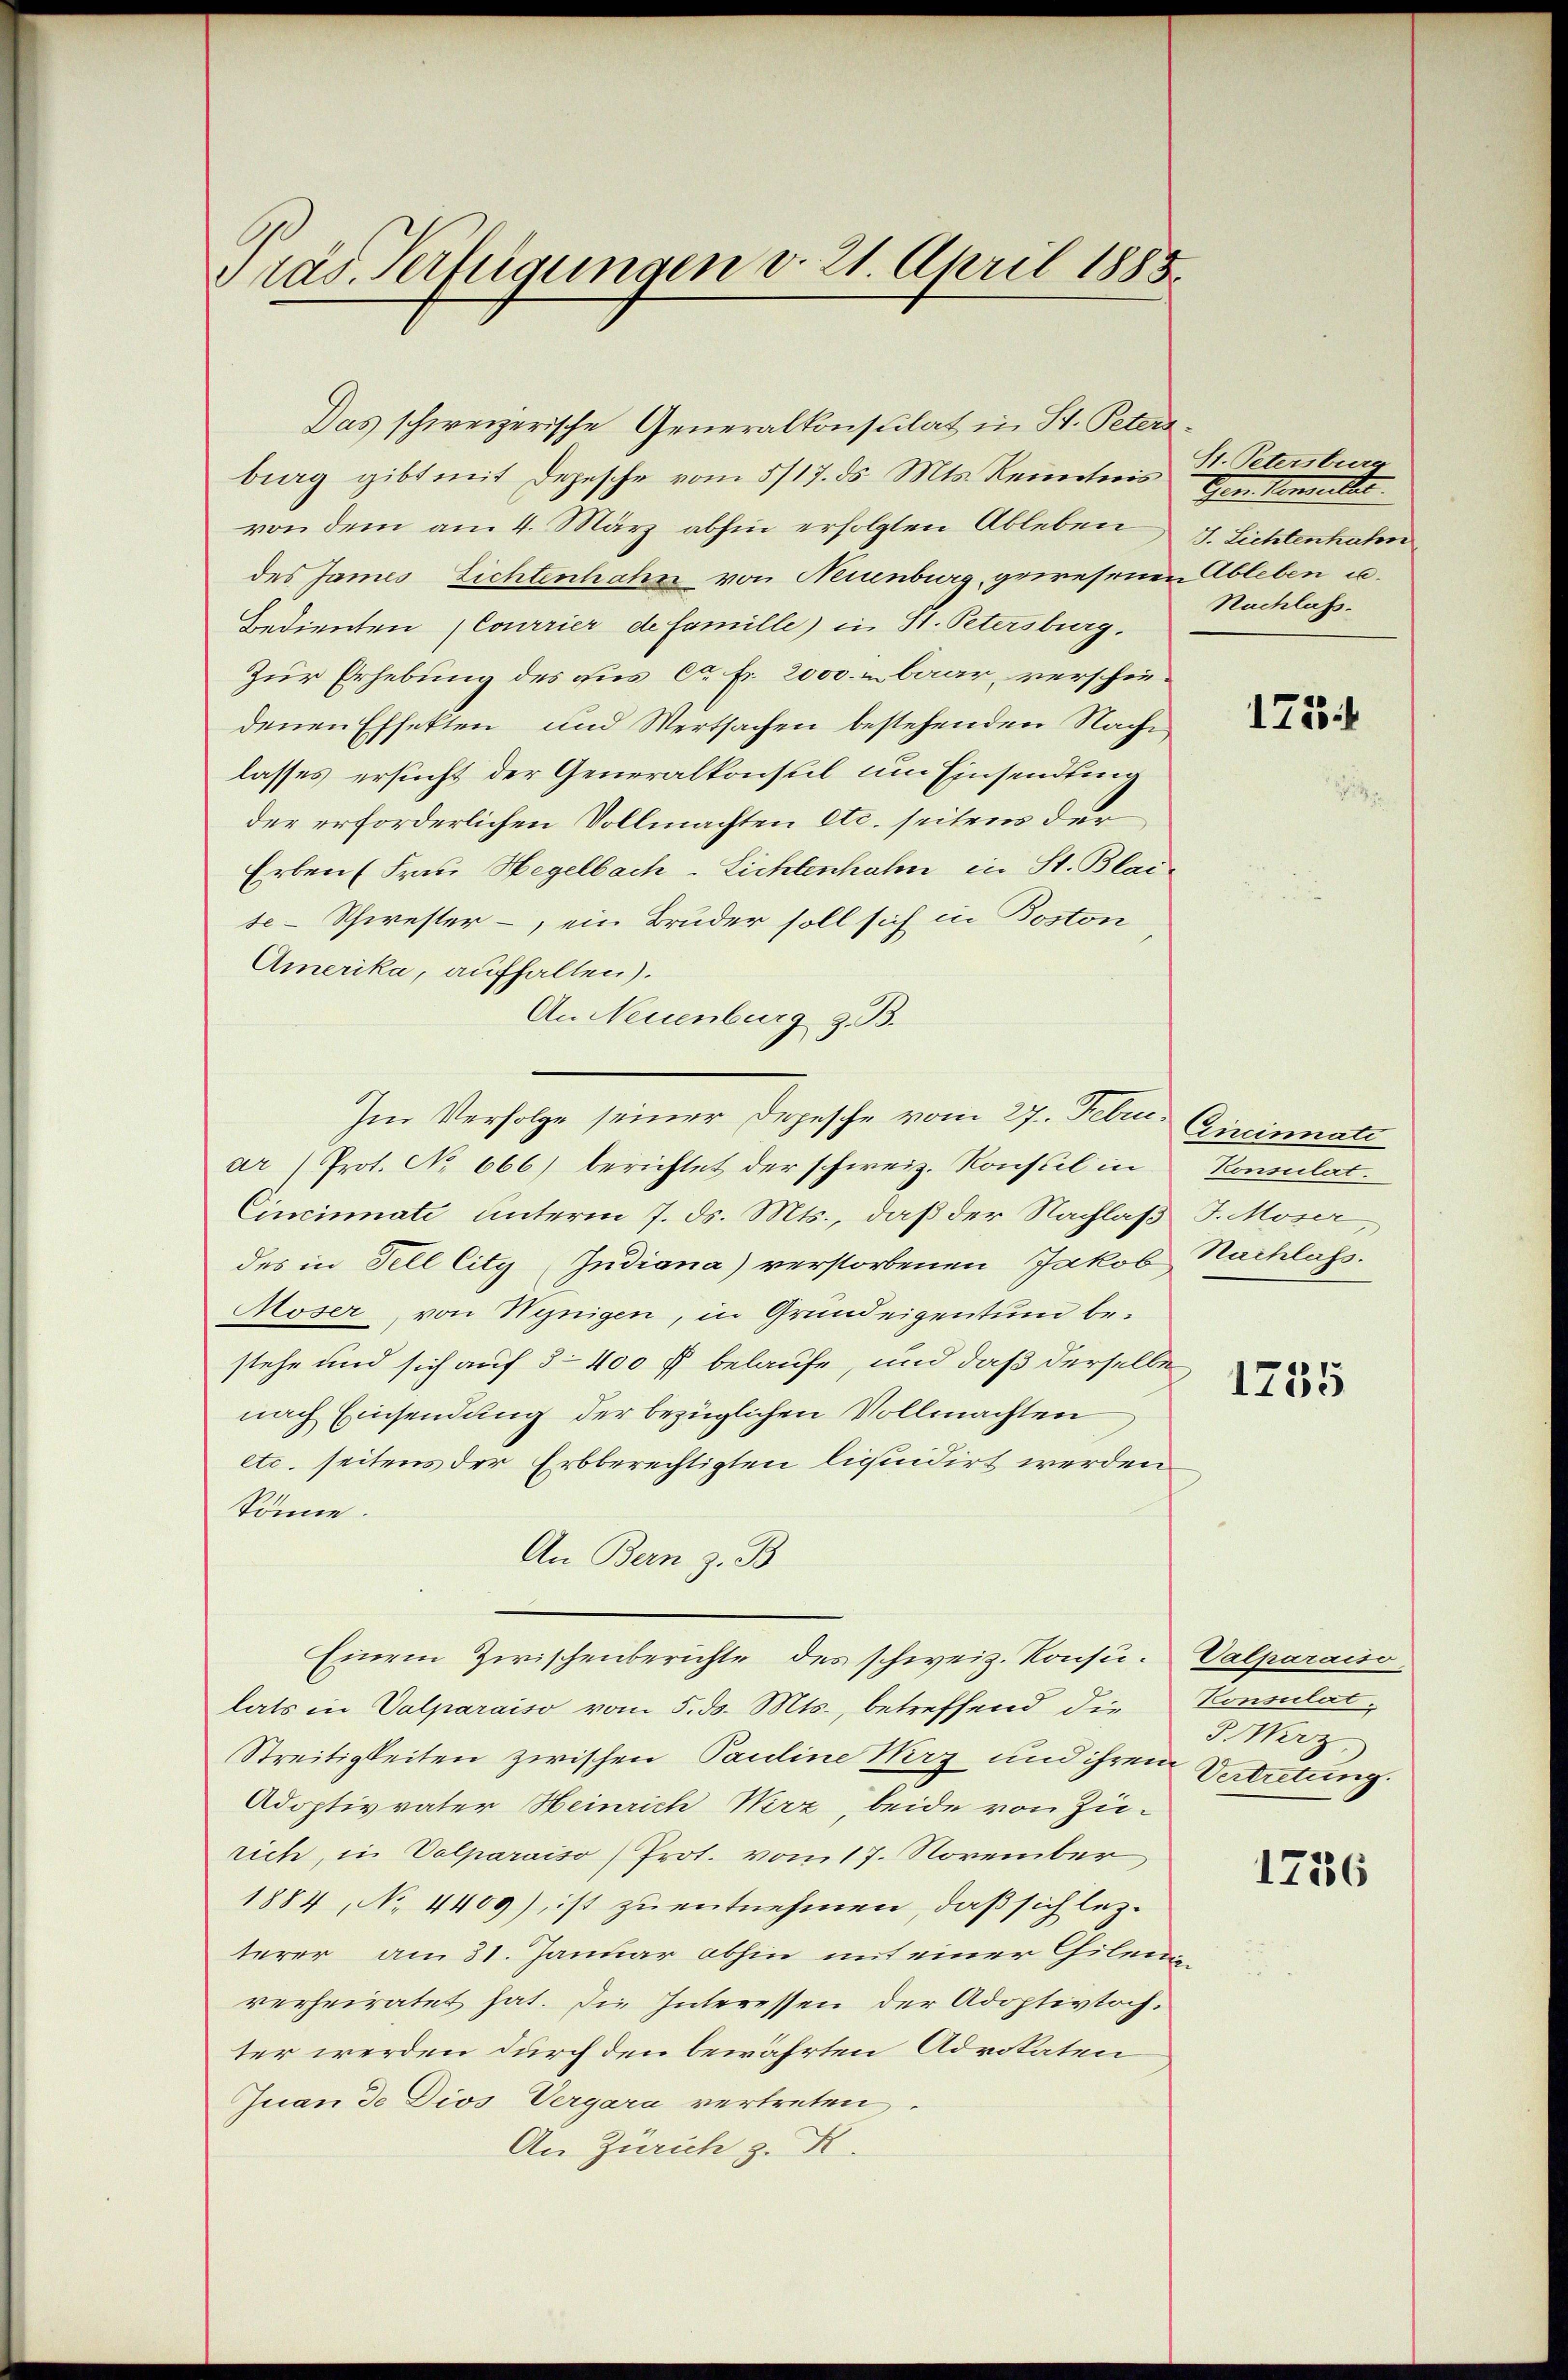
ras Verfügungen v. 21. April 1885.

Das schweizerische Generalkonstilat in St. Peteribrag gibt mit Depesche vom 5/17. ds. Mts. Reinteris St. Petersburg
von dem am 4. März abhin erfolgten Ableben
des James Lichtenhahn von Neuenburg, gewesenen Ableben u.
Bedienten (Courrier de famille) in St. Petersburg.
Zur Erhebung des aus c. fr. 2000. baar, verschiedenen Effekten und Wertsachen bestehenden Nache
lasses ersucht der Generalkonsul um Einsendung
der erforderlichen Vollmachten etc. seitens der
Erben (Frau Hegelbach-Lichtenhahn in St. Blai-
se-Schwester – ein Bruder soll sich in Boston
Amerika, aufhalten).
An Neuenburg z. B.
Im Verfolge seiner Depesche vom 27. Febr. Gireinnate
ar (Prot. No 666) berichtet der schweiz. Konstel in Konsulat.
Cincinnati unterm 7. ds. Mts., daß der Nachlaß J. Moser,
des in Fell lity Judiana) verstorbenen Jakob Nachlass.
Moser, von Wynigen, in Grundeigentum bestehe und sich auf 3–400 f belaufe, und daß derselbe,
nach Einsendung der bezüglichen Vollmachten
etc. seitens der Erbberechtigten liquidirt werden
könne.
An Bern z. B.
Einem Zwischenberichte des schweiz. Konsulats in Valparaiso vom 5. ds. Mts., betreffend die
Streitigkeiten zwischen Pauline Wirz und ihrem Vertretung
Adoptivvater Heinrich Wirz, beide von Zürich, in Valparaiso) Prot. vom 17. November,
1884, No 4409), ist zu entnehmen, daß sich lezterer am 31. Januar abhin mit einer Gilen
verheiratet hat. Die Interessen der Adoptivtoch.
ter werden durch den bewährten Advokaten
Juan de Dios Vergara vertreten
An Zürich z. R.

Ien Vermitter.
J. Lichtenhahn
Nachlass.

175.

1755

Calparaiso
Konsulat.
J. Werz

1756